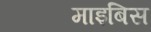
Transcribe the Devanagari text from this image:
माइबिस